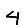
Digit: 4